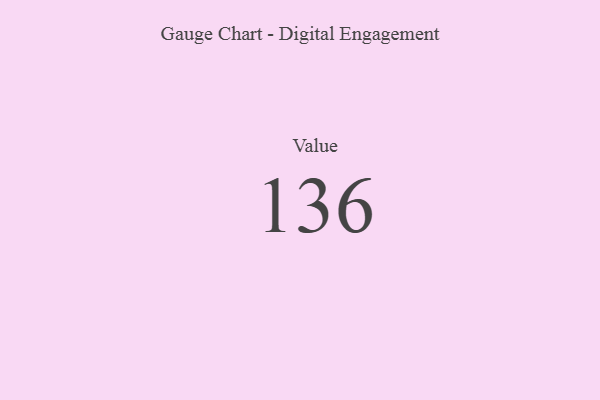
{"axis": {"x": "Metric", "y": "Value"}, "legend": [""], "data": [{"x": "Value", "y": 136, "type": ""}]}